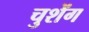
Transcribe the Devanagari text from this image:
चुशेंग